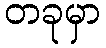
တခုမှာ